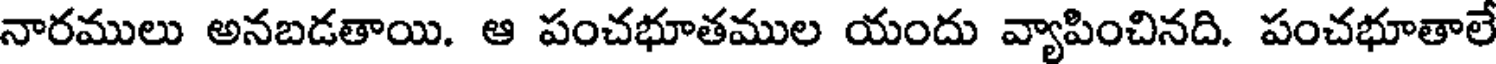
నారములు అనబడతాయి. ఆ పంచభూతముల యందు వ్యాపించినది. పంచభూతాలే